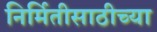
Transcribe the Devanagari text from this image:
निर्मितीसाठीच्या